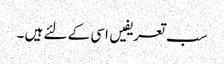
سب تعریفیں اسی کے لئے ہیں ۔